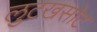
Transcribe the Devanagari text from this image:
लुटखसोट